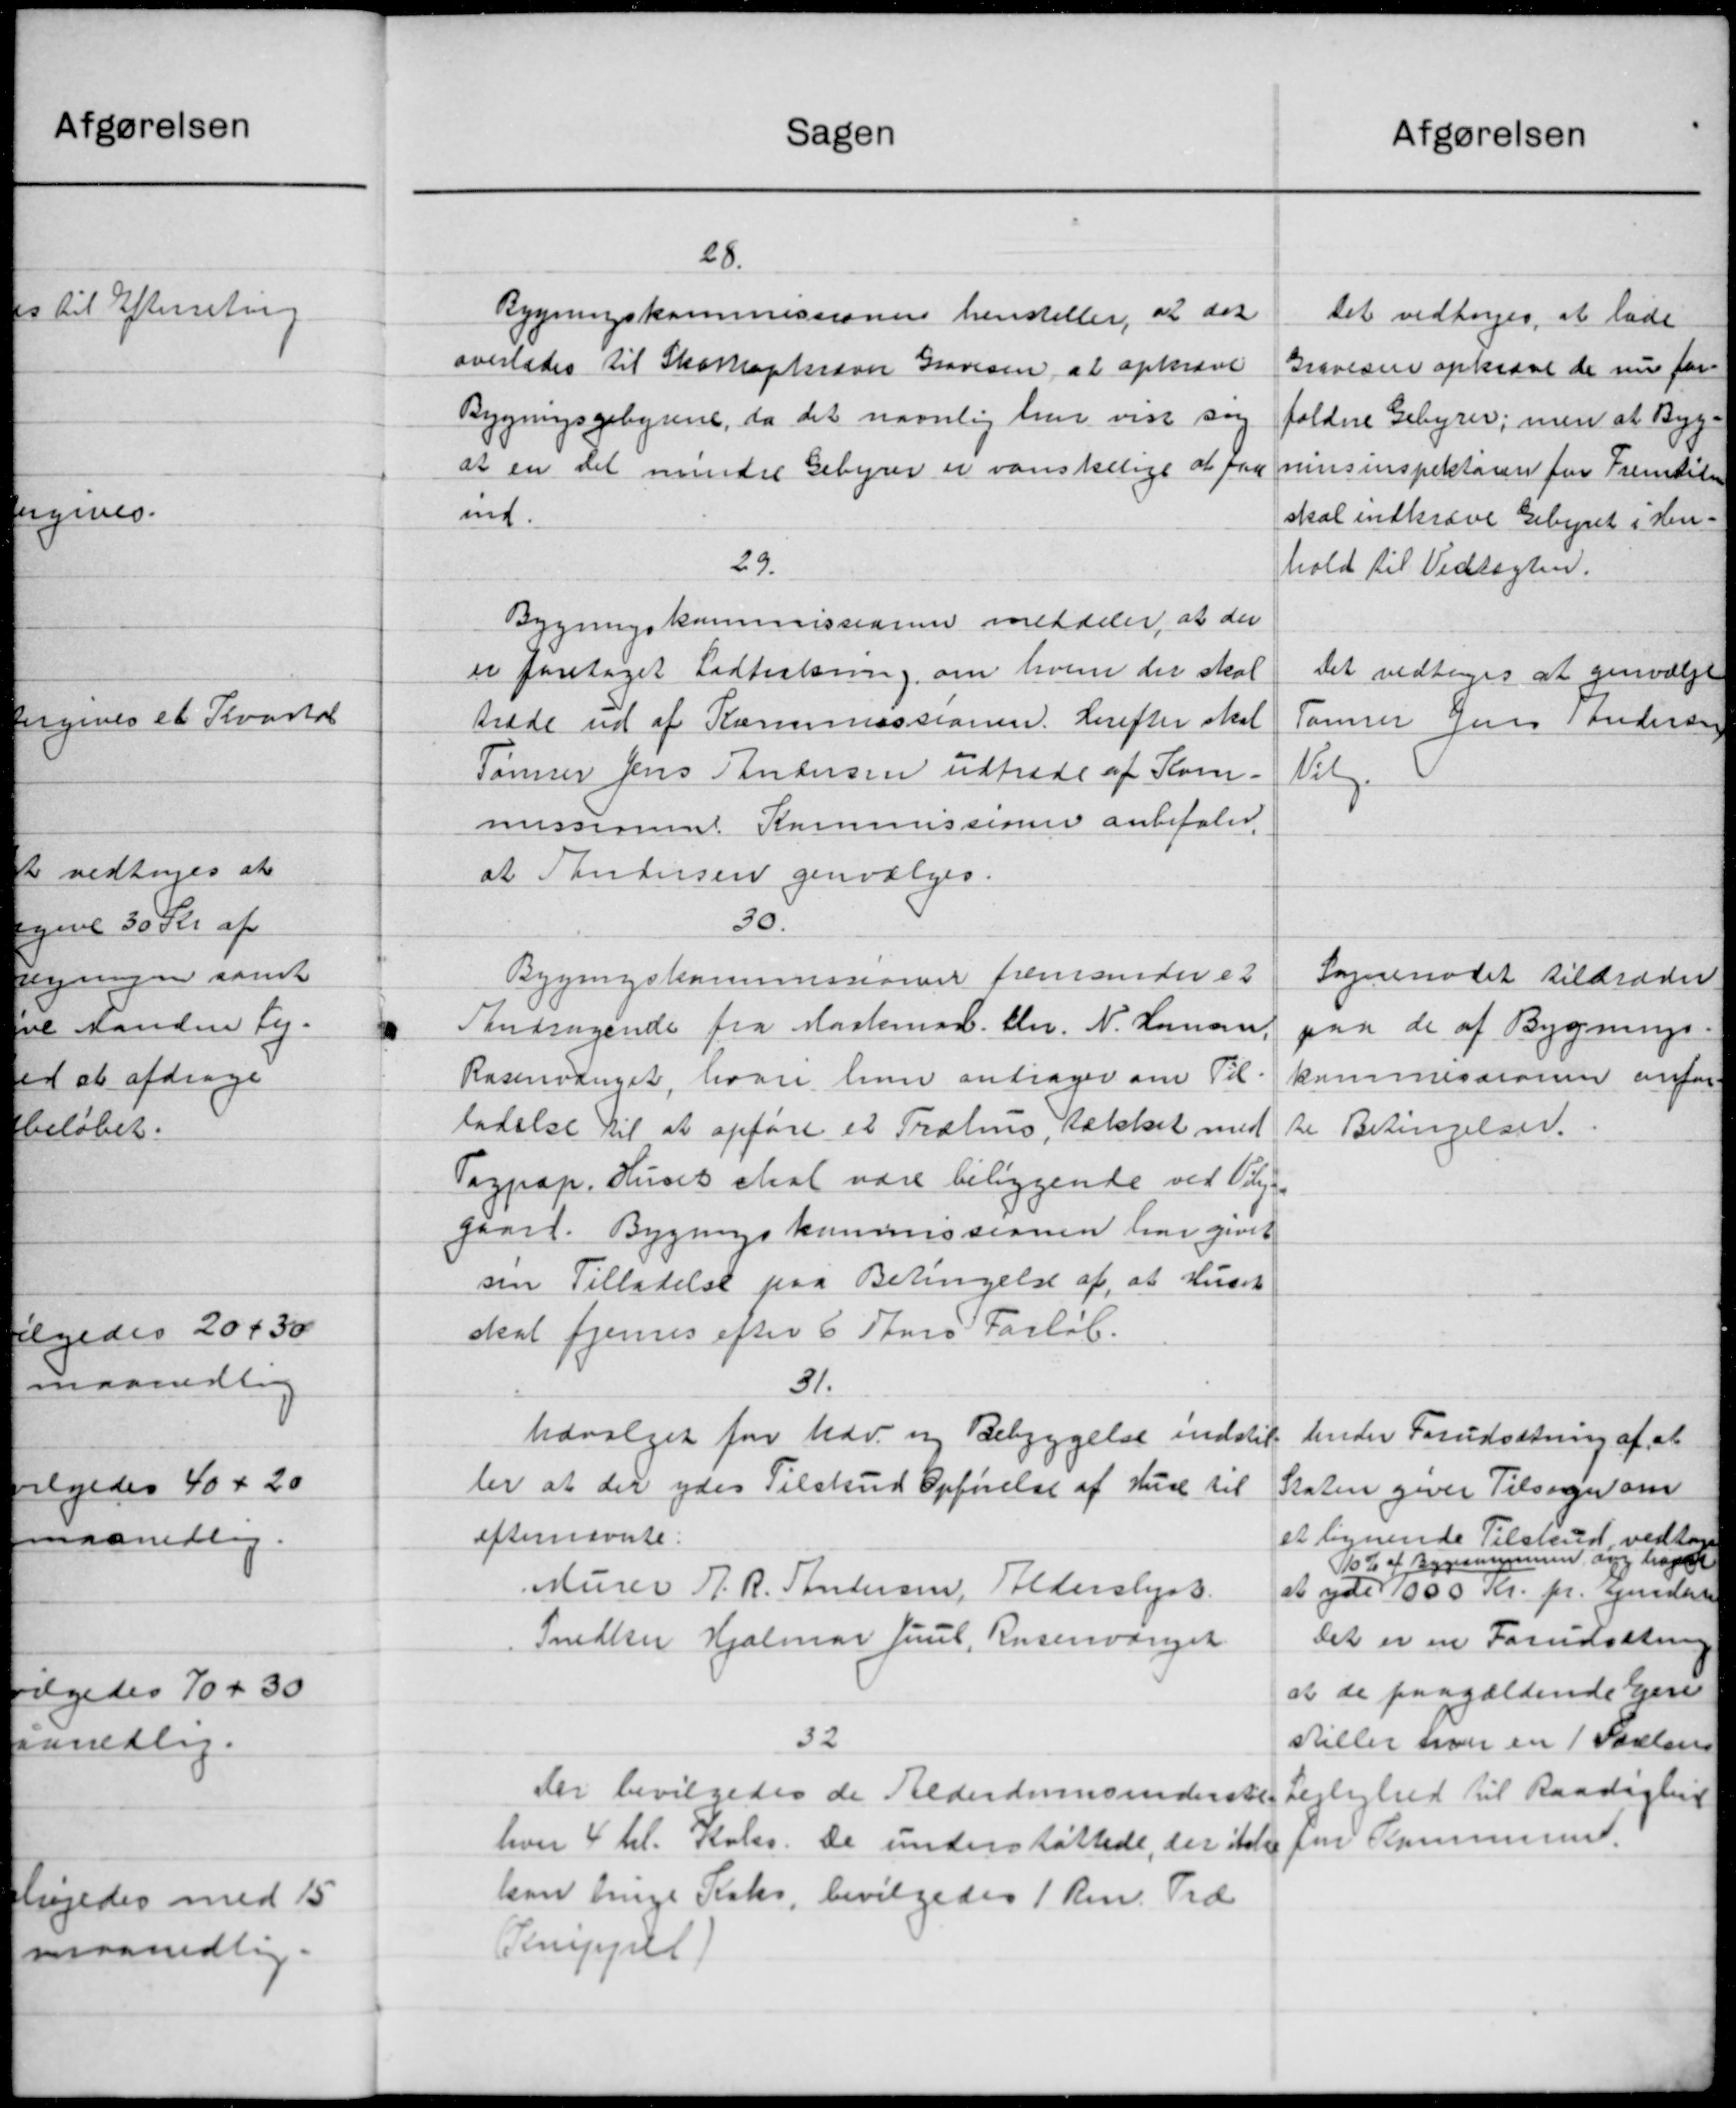
Transskription:
Sagen
28.
Bygningskommissionen henstiller, at det
overlades til Skatteopkræver Gravesen, at opkræve
Bygningsgebyrene, da det navnlig har vist sog
at en det mindre Gebyrer er vanskelige at paa
ind.
29.
Bygningskommissionen meddeler at der
er foretaget Lodtrækning om hvem der skal
træde ud af Kommissionen. Herefter skal
Tømrer Jens Andersen udtræde af Kom-
missionen Kommissionen anbefalet
at Andersen genvælges.
30.
Bygningskommissionen fremsender et
Aandragende fra Maskemad. Chr. N. Hansen,
Rasenvænget, hvor hun andrager om Til
ladelse til at opføre et Træhus, Tækket med
Tagpap. Huset skal være beliggende ved Valg-
gaard. Bygningskommissionen har givet
sin Tilladelse paa Betingelse af, at Huset
skal fjernes efter 6 Stors Forløb.
31.
Udvalget for Udv. og Bebyggelse indstil
ler at der ydes Tilskud Opførelse af Huse til
efternævnte.
Murer A. R. Andersen, Alderslyst.
Snedker Hjalmar Juul, Rusenvænget
32
Der bevilgedes de Alderdomsunderstøt-
hver 4 tl. Koler. De understøttede, der itale
han linge Koks, bevilgedes 1 Rm. Tid
Temppel